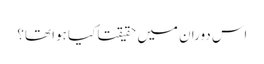
اس دوران میں حقیقتاً کیا ہوا تھا؟